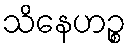
သိနေဟဉ္စ